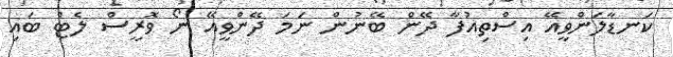
ކަނޑާލަންވީއޭ އިސްތިއުފާ ދޭން ބޭނުން ނަމަ ދޭންވީއޭ ނޯ ވޮރީސް ލެޓް ބައި